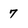
Character: 7